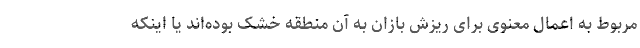
مربوط به اعمال معنوی برای ریزش بازان به آن منطقه خشک بوده‌اند یا اینکه